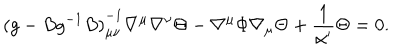
LaTeX: { ( g - B g ^ { - 1 } B ) } _ { \mu \nu } ^ { - 1 } \nabla ^ { \mu } \nabla ^ { \nu } \Theta - \nabla ^ { \mu } \Phi \nabla _ { \mu } \Theta + { \frac { 1 } { \alpha ^ { \prime } } } \Theta = 0 .